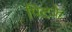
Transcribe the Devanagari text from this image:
पिटके